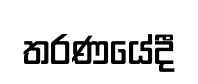
තරණයේදී